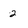
Character: 2